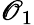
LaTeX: \mathscr{O}_{1}